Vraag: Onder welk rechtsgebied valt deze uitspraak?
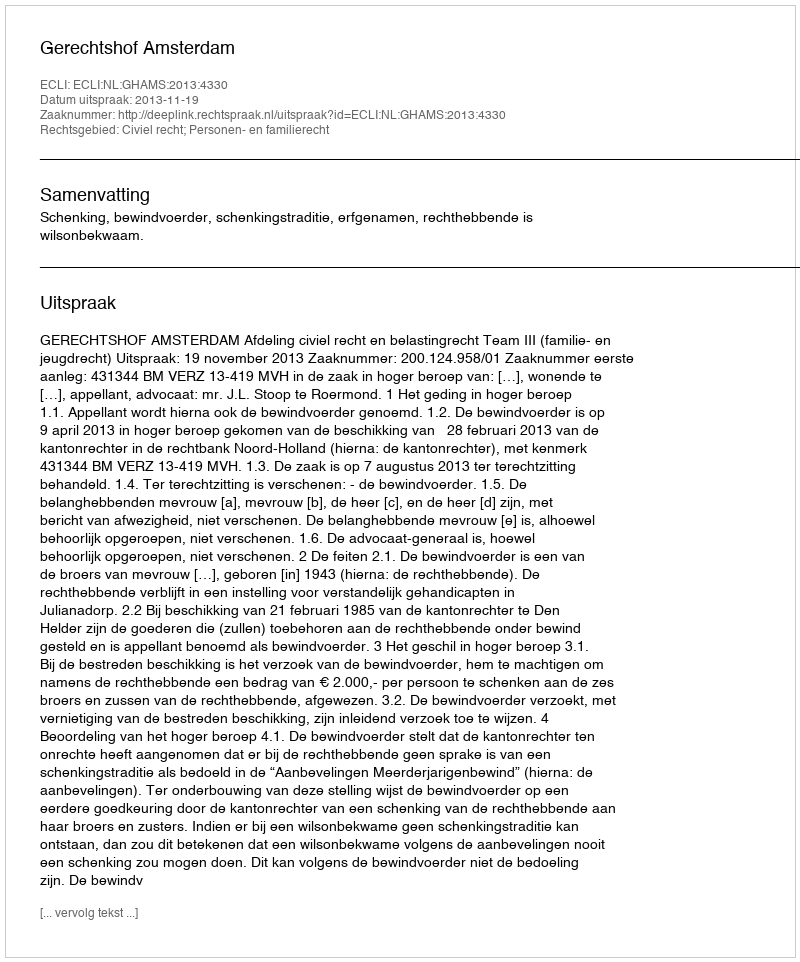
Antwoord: Civiel recht; Personen- en familierecht